Vao_vallavalitsus, lk 13
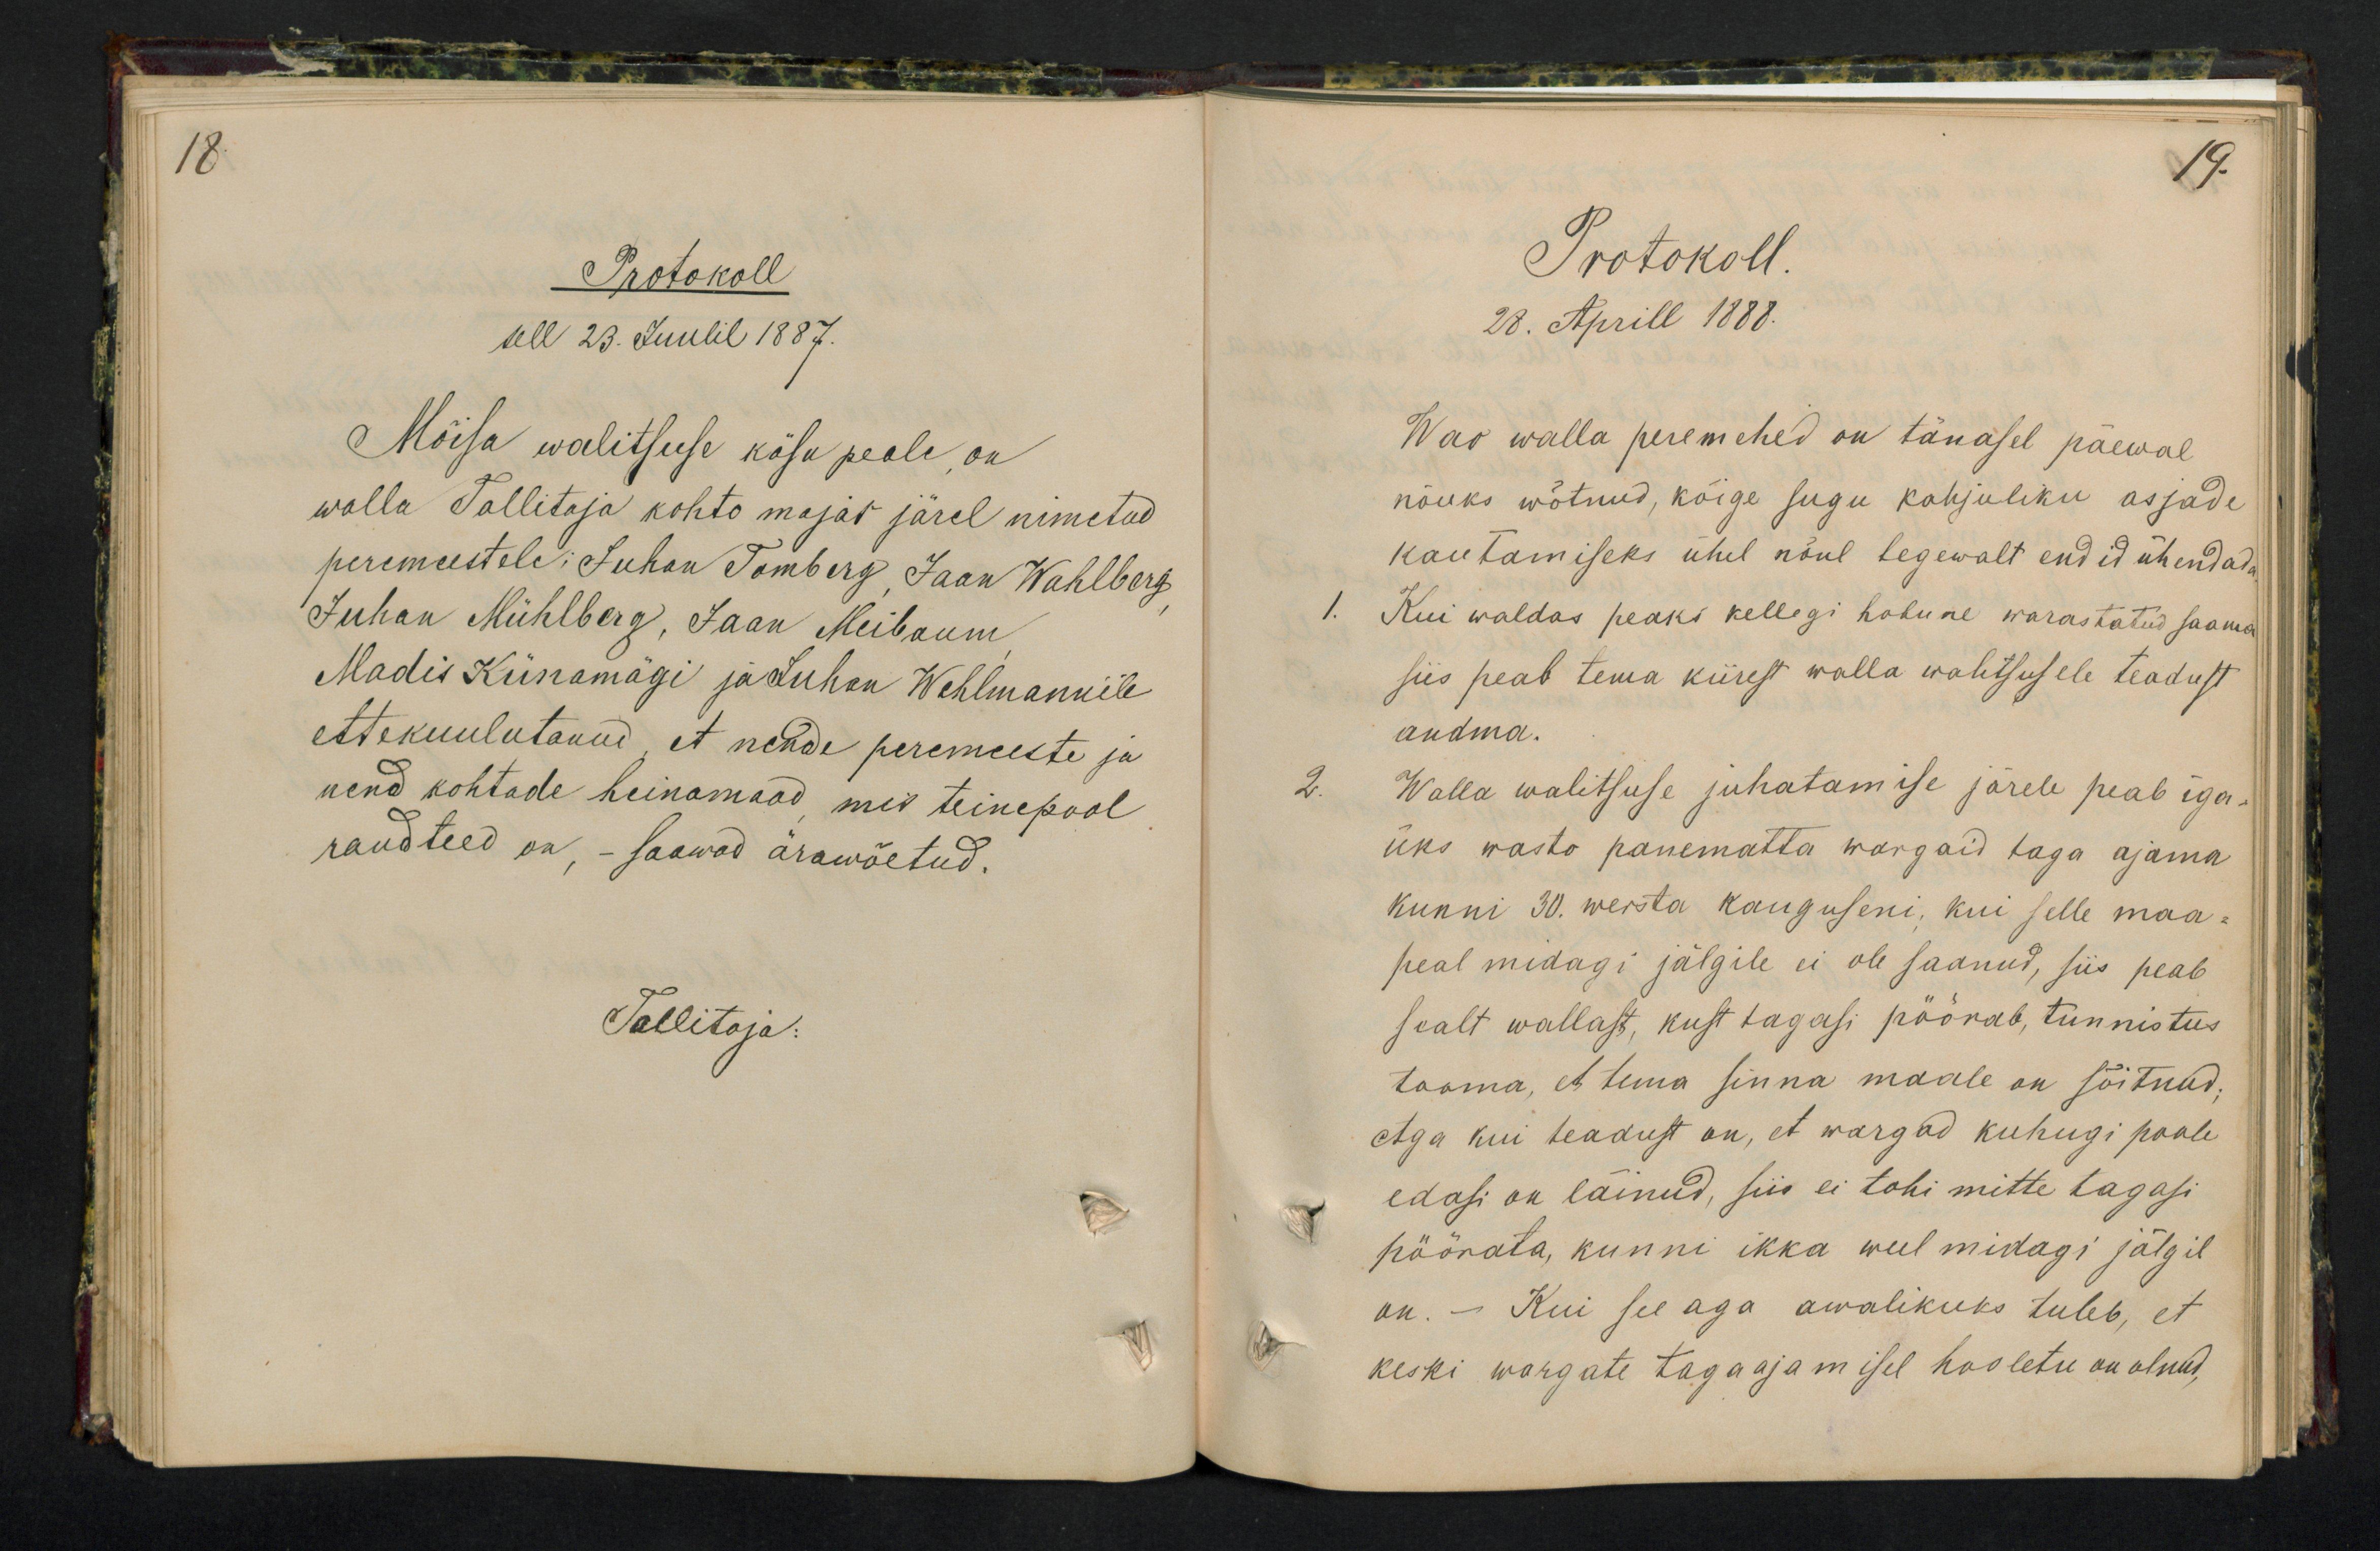
18.

Protokoll
sell 23. Juulil 1887.
Mõisa walitsuse käsu peale, on
walla Tallitaja kohto majas järel nimetud
peremeestele: Juhan Tomberg Jaan Wahlberg,
Juhan Mühlberg, Jaan Meibaum
Madis Kiinamägi ja Luhan Wehlmannile
ettekuulutanud, et nende peremeeste ja
nend kohtade heinamaad, mis teinepool
raudteed on, - saawad ärawõetud.
Tallitaja:

19.
Protokoll.
28. Aprill 1888.
Wao walla peremehed on tänasel päewal
nõuks wõtnud, kõige sugu kahjuliku asjade
kautamiseks ühel nõul tegewalt endid ühendada
1. Kui waldas peaks kellegi hobune warastatud saama
siis peab tema kiirest walla walitsusele teadust
andma.
2.
Walla walitsuse juhatamise järele peab iga.
üks wasto panematta wargaid taga ajama
kunni 30. wersta kauguseni, kui selle maa-
peal midagi jälgile ei ole saanud, siis peab
sealt wallast, kust tagasi pöörab, tunnistus
tooma, et tema sinna maale on sõitnud;
Aga kui teadust on, et wargad kuhugi poole
edasi on läinud, siis ei tohi mitte tagasi
pöörata, kunni ikka weel midagi jälgil
on. - Kui see aga awalikuks tuleb, et
keski wargate tagaajamisel hooletu on olnud,